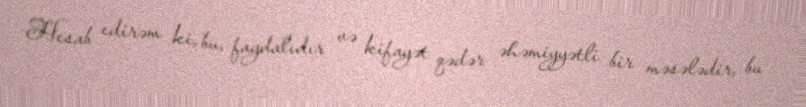
Hesab edirəm ki, bu, faydalıdır və kifayət qədər əhəmiyyətli bir məsələdir, bu